Bréfritari: Einar Ásmundsson
Viðtakandi: Jón Borgfirðings Jónsson
Dagsetning: A-1867-01-26
Skrifað á: Nesi  S-Þing.

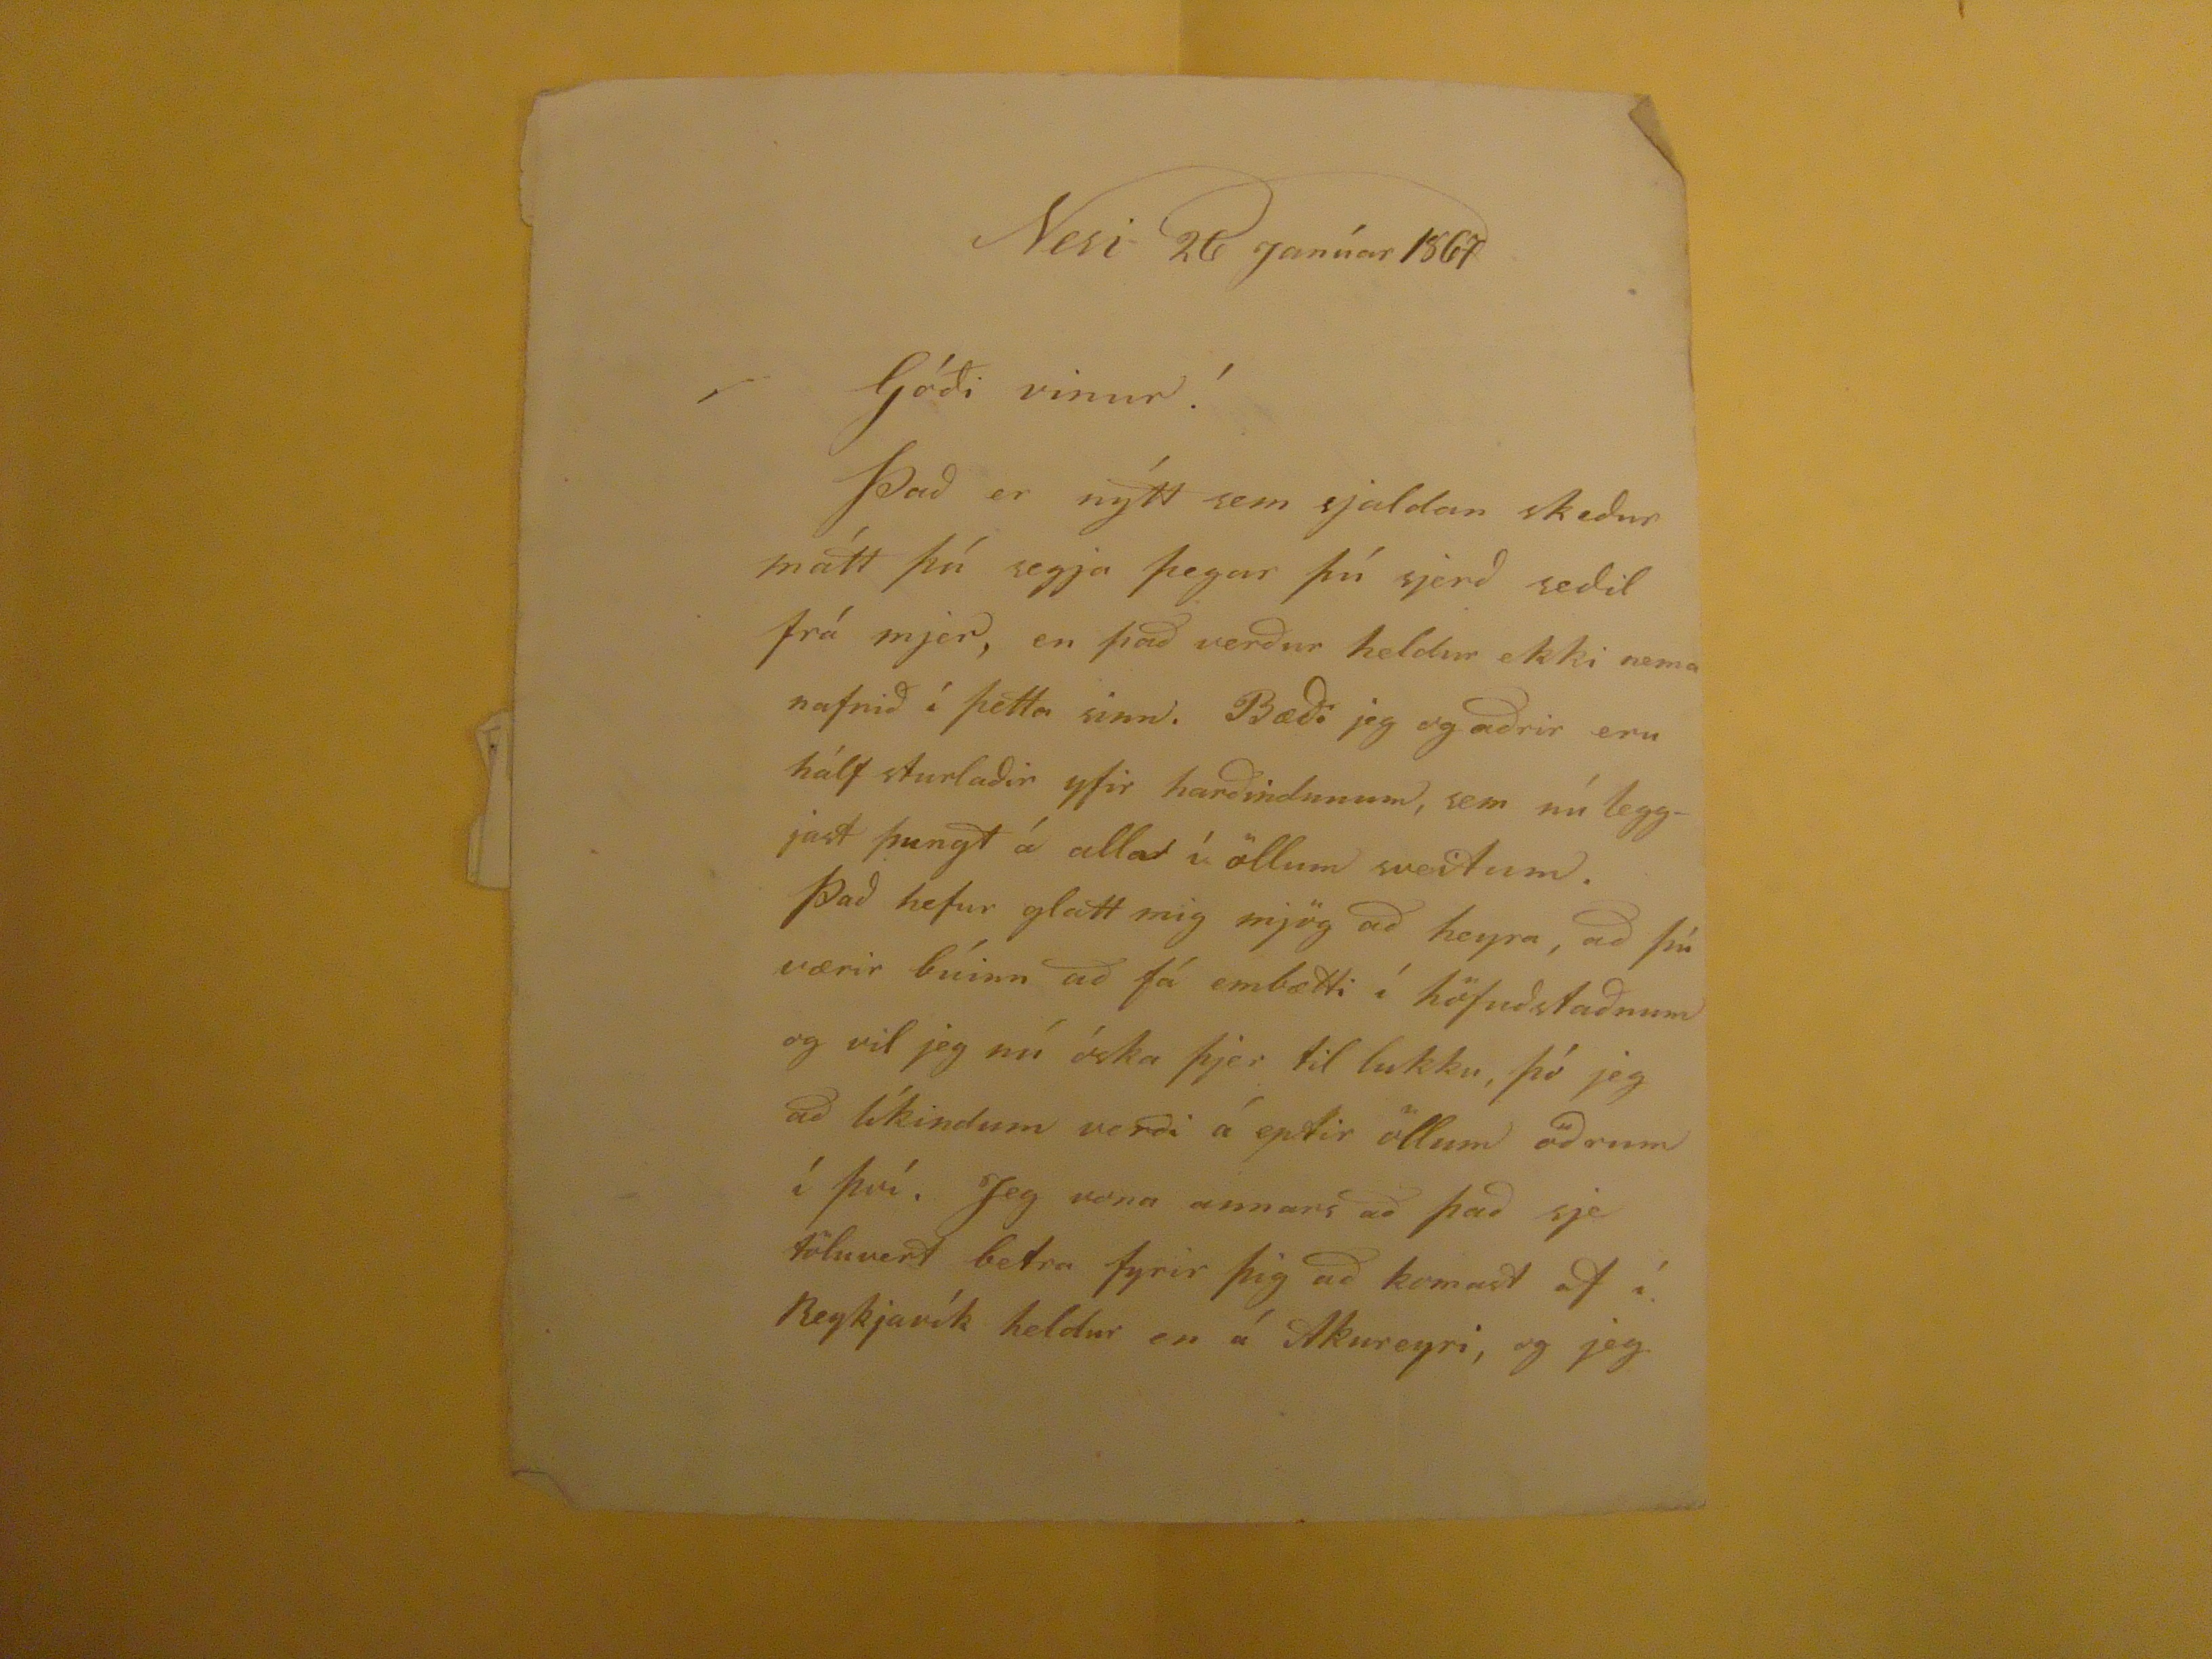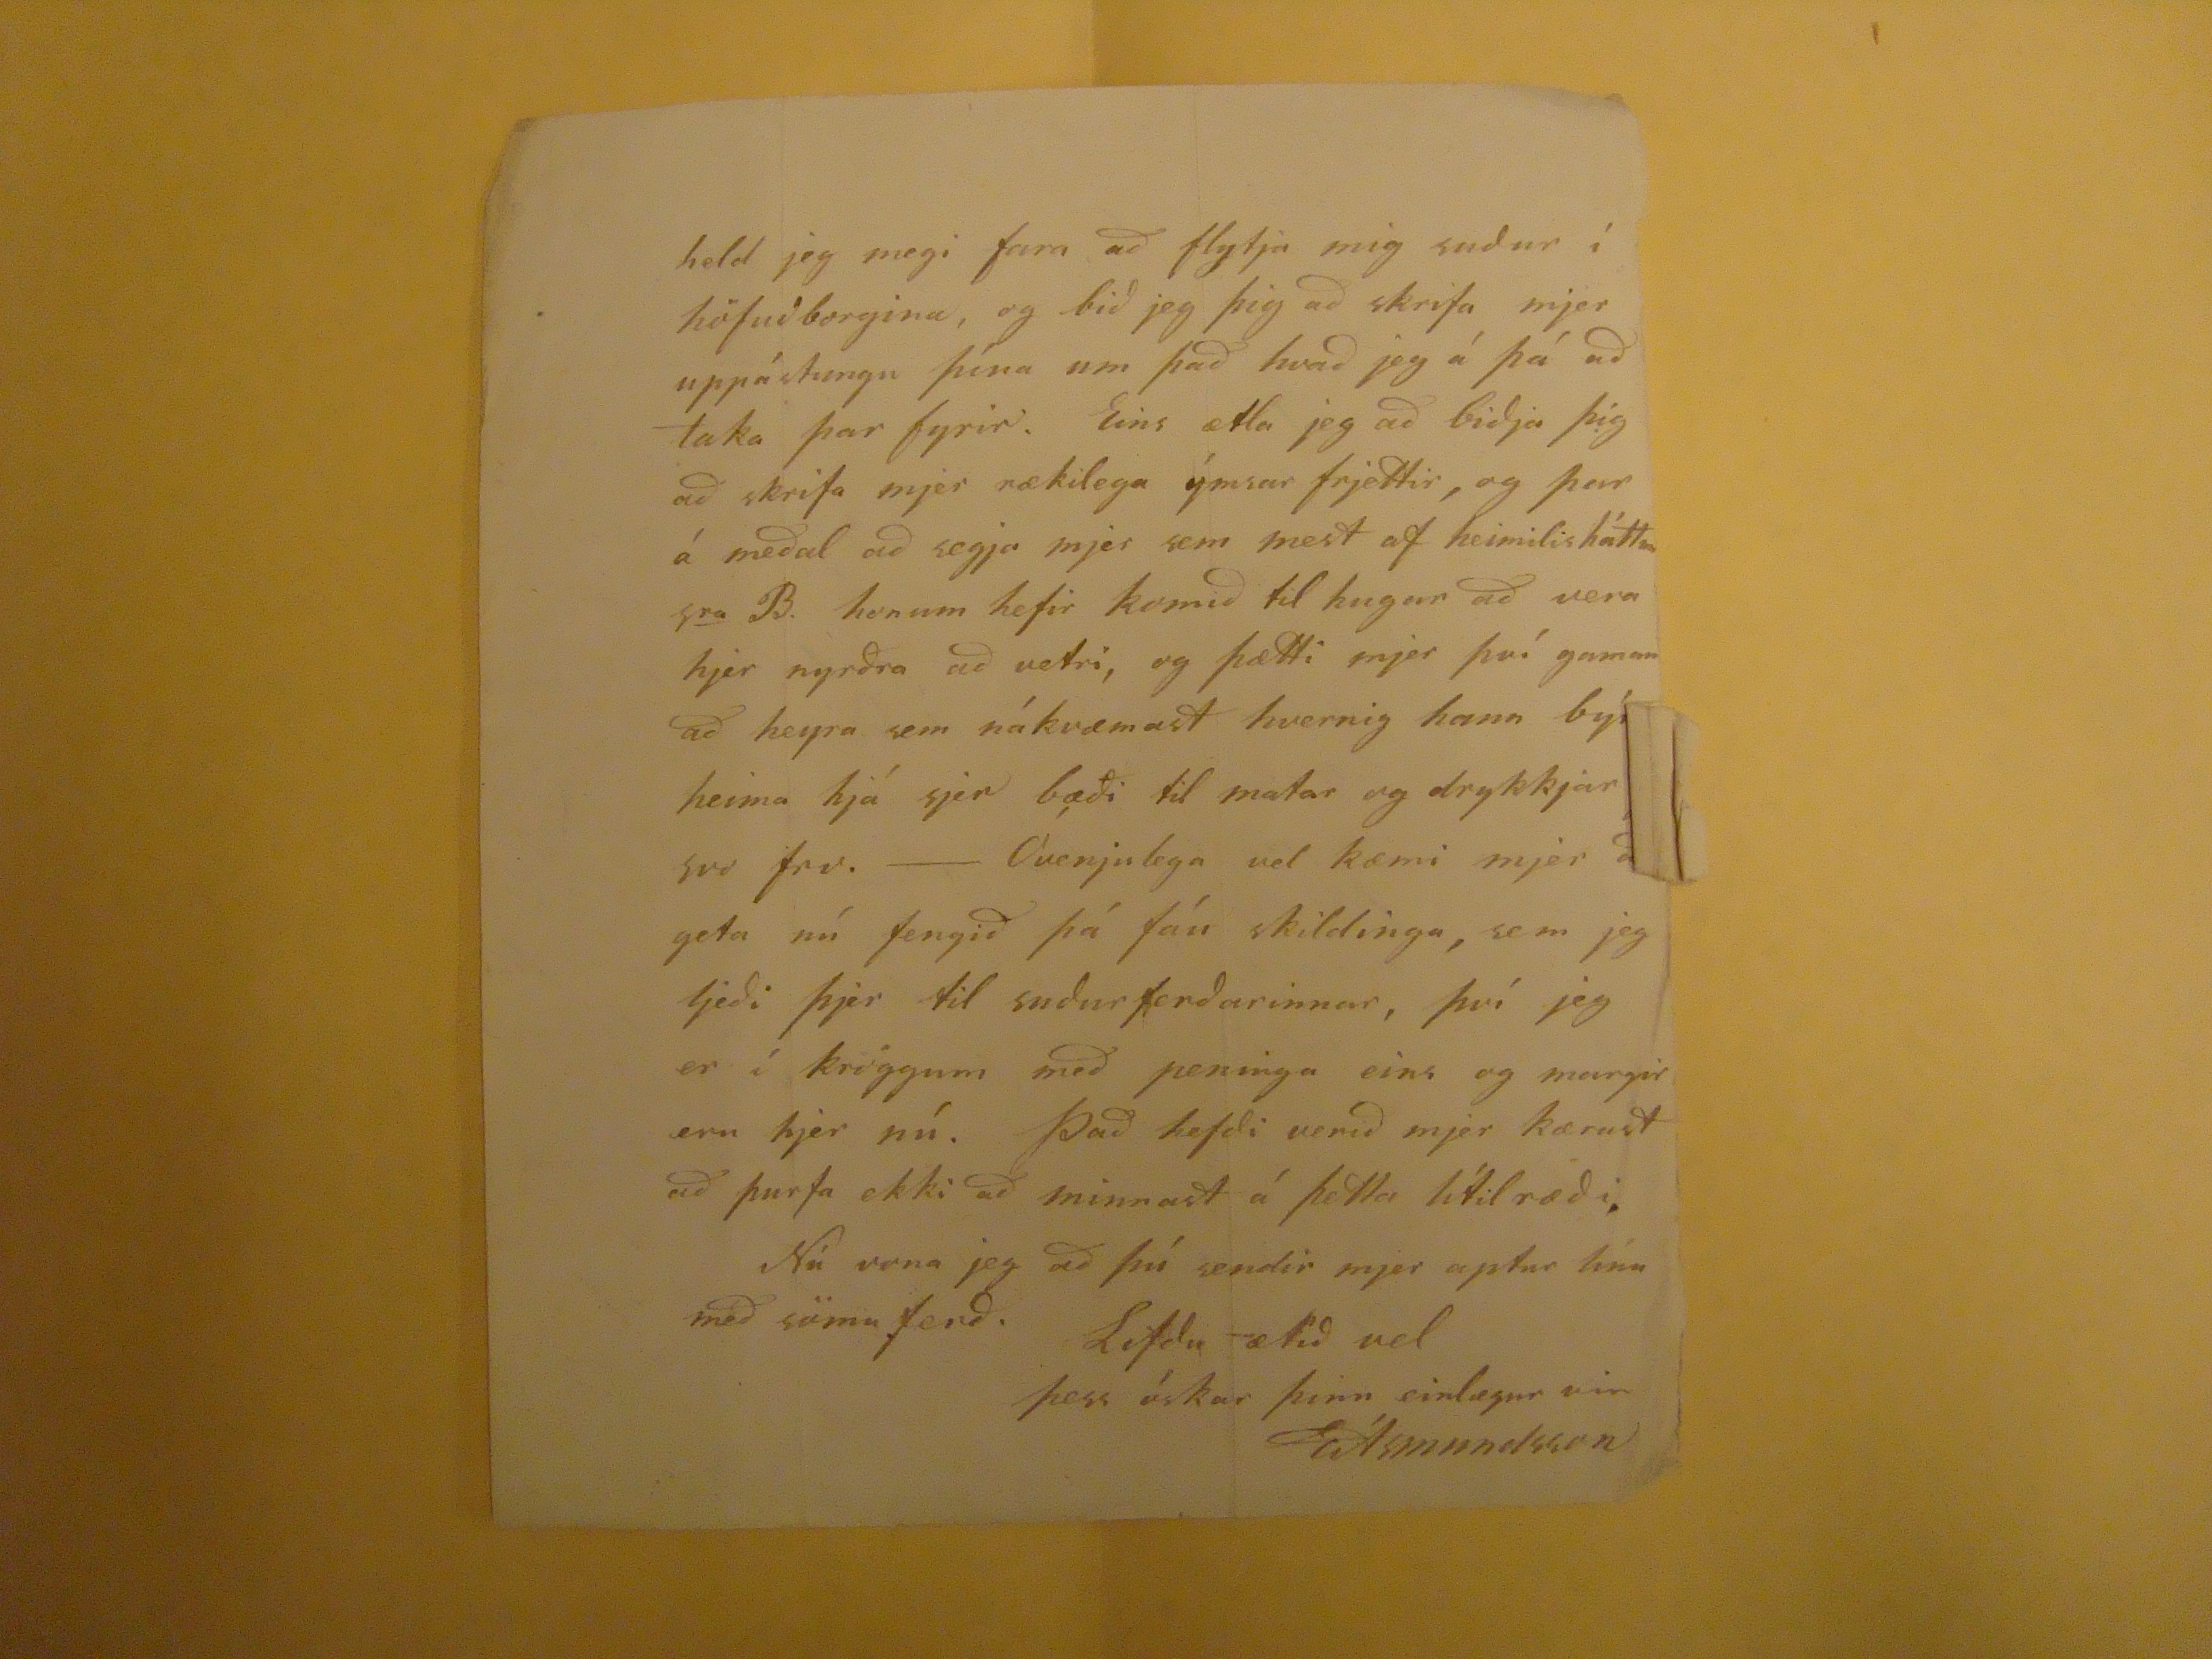

Nesi 26 Janúar 1867
Góði vinur!
Það er nýtt sem sjaldan skeður mátt þú segja þegar þú sjerð seðil frá mjer, en það verður heldur ekki nema nafnið í þetta sinn. Bæði jeg og aðrir eru hálf sturlaðir yfir harfðindunum, sem nú leggjast þungt á alla í öllum sveitum. Það hefur glatt mig mjög að heyra, að þú værir búinn að fá embætti í höfuðstaðnum og vil jeg nú óska þjer til lukku, þó jeg að líkindum verði á eptir öllum öðrum í því. Jeg vona annars að það sje töluvert betra fyrir þig að komast af í Reykjavík en á Akureyri, og jeg
held jeg megi fara að flytja mig suður í höfuðborgina, og bið jeg þig að skrifa mjer uppástungu þína um það hvað jeg á þá að taka þar fyrir. Eins ætla jeg að biðja þig að skrifa mjer rækilega ýmsar frjettir, og þar á meðal að segja mjer sem næst af heimilisháttum
s
ra
B.
honum hefir komið til hugar að vera hjer nyrðra að vetri, og þætti mjer því gaman að heyra sem nákvæmast hvernig hann býr heima hjá sjer bæði til matar og drykkjar
og
svo frv.- Óvenjulega vel kæmi mjer að geta nú fengið þá fáu skildinga, sem jeg ljeði þjer til suðurferðarinnar, því jeg er í kröggum með peninga eins og margir eru hjer nú. Það hefði verið mjer kærust að þurfa ekki að minnast á þetta lítilræði. Nú vona jeg að þú sendir mjer aptur linu með sömu ferð.
Lifðu ætíð vel þess óskar þinn einlægur vin
EÁsmundsson